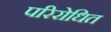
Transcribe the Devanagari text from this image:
परिरोधित